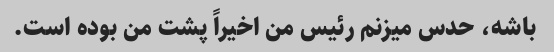
باشه، حدس میزنم رئیس من اخیراً پشت من بوده است.